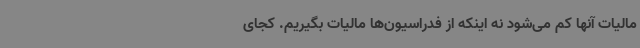
مالیات آنها کم می‌شود نه اینکه از فدراسیون‌ها مالیات بگیریم. کجای